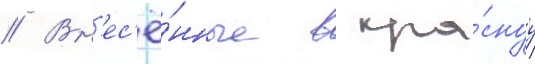
// Вн'ес'ё́нные в кра́снуу